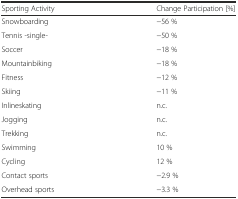
<table><thead><tr><td><b>Sporting Activity</b></td><td><b>Change Participation [%]</b></td></tr></thead><tbody><tr><td>Snowboarding</td><td>−56 %</td></tr><tr><td>Tennis -single-</td><td>−50 %</td></tr><tr><td>Soccer</td><td>−18 %</td></tr><tr><td>Mountainbiking</td><td>−18 %</td></tr><tr><td>Fitness</td><td>−12 %</td></tr><tr><td>Skiing</td><td>−11 %</td></tr><tr><td>Inlineskating</td><td>n.c.</td></tr><tr><td>Jogging</td><td>n.c.</td></tr><tr><td>Trekking</td><td>n.c.</td></tr><tr><td>Swimming</td><td>10 %</td></tr><tr><td>Cycling</td><td>12 %</td></tr><tr><td>Contact sports</td><td>−2.9 %</td></tr><tr><td>Overhead sports</td><td>−3.3 %</td></tr></tbody></table>